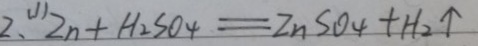
2 . ( 1 ) Z n + H _ { 2 } S O _ { 4 } = Z n S O _ { 4 } + H _ { 2 } \uparrow